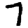
Digit: 7